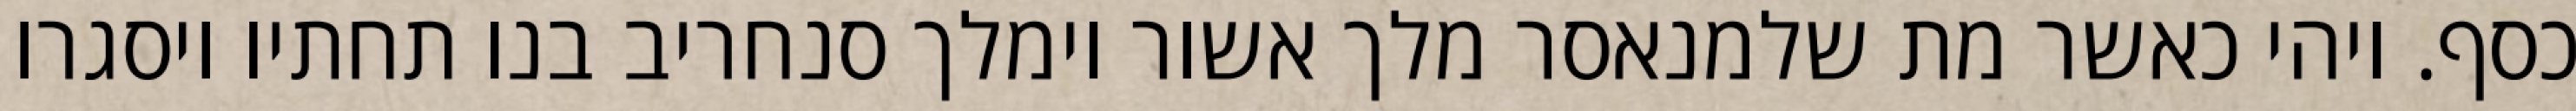
כסף. ויהי כאשר מת שלמנאסר מלך אשור וימלך סנחריב בנו תחתיו ויסגרו